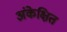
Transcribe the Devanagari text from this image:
अंकेक्षित